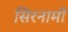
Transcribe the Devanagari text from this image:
सिरनामों